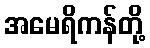
အမေရိကန်တို့